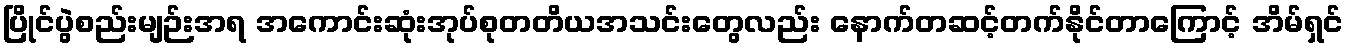
ပြိုင်ပွဲစည်းမျဉ်းအရ အကောင်းဆုံးအုပ်စုတတိယအသင်းတွေလည်း နောက်တဆင့်တက်နိုင်တာကြောင့် အိမ်ရှင်